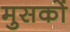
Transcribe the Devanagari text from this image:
मुसकों